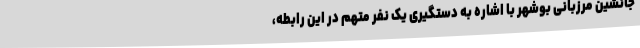
جانشین مرزبانی بوشهر با اشاره به دستگیری یک نفر متهم در این رابطه،